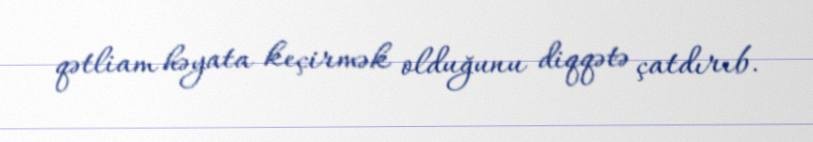
qətliam həyata keçirmək olduğunu diqqətə çatdırıb.